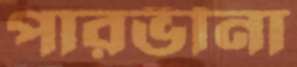
পারভীনা